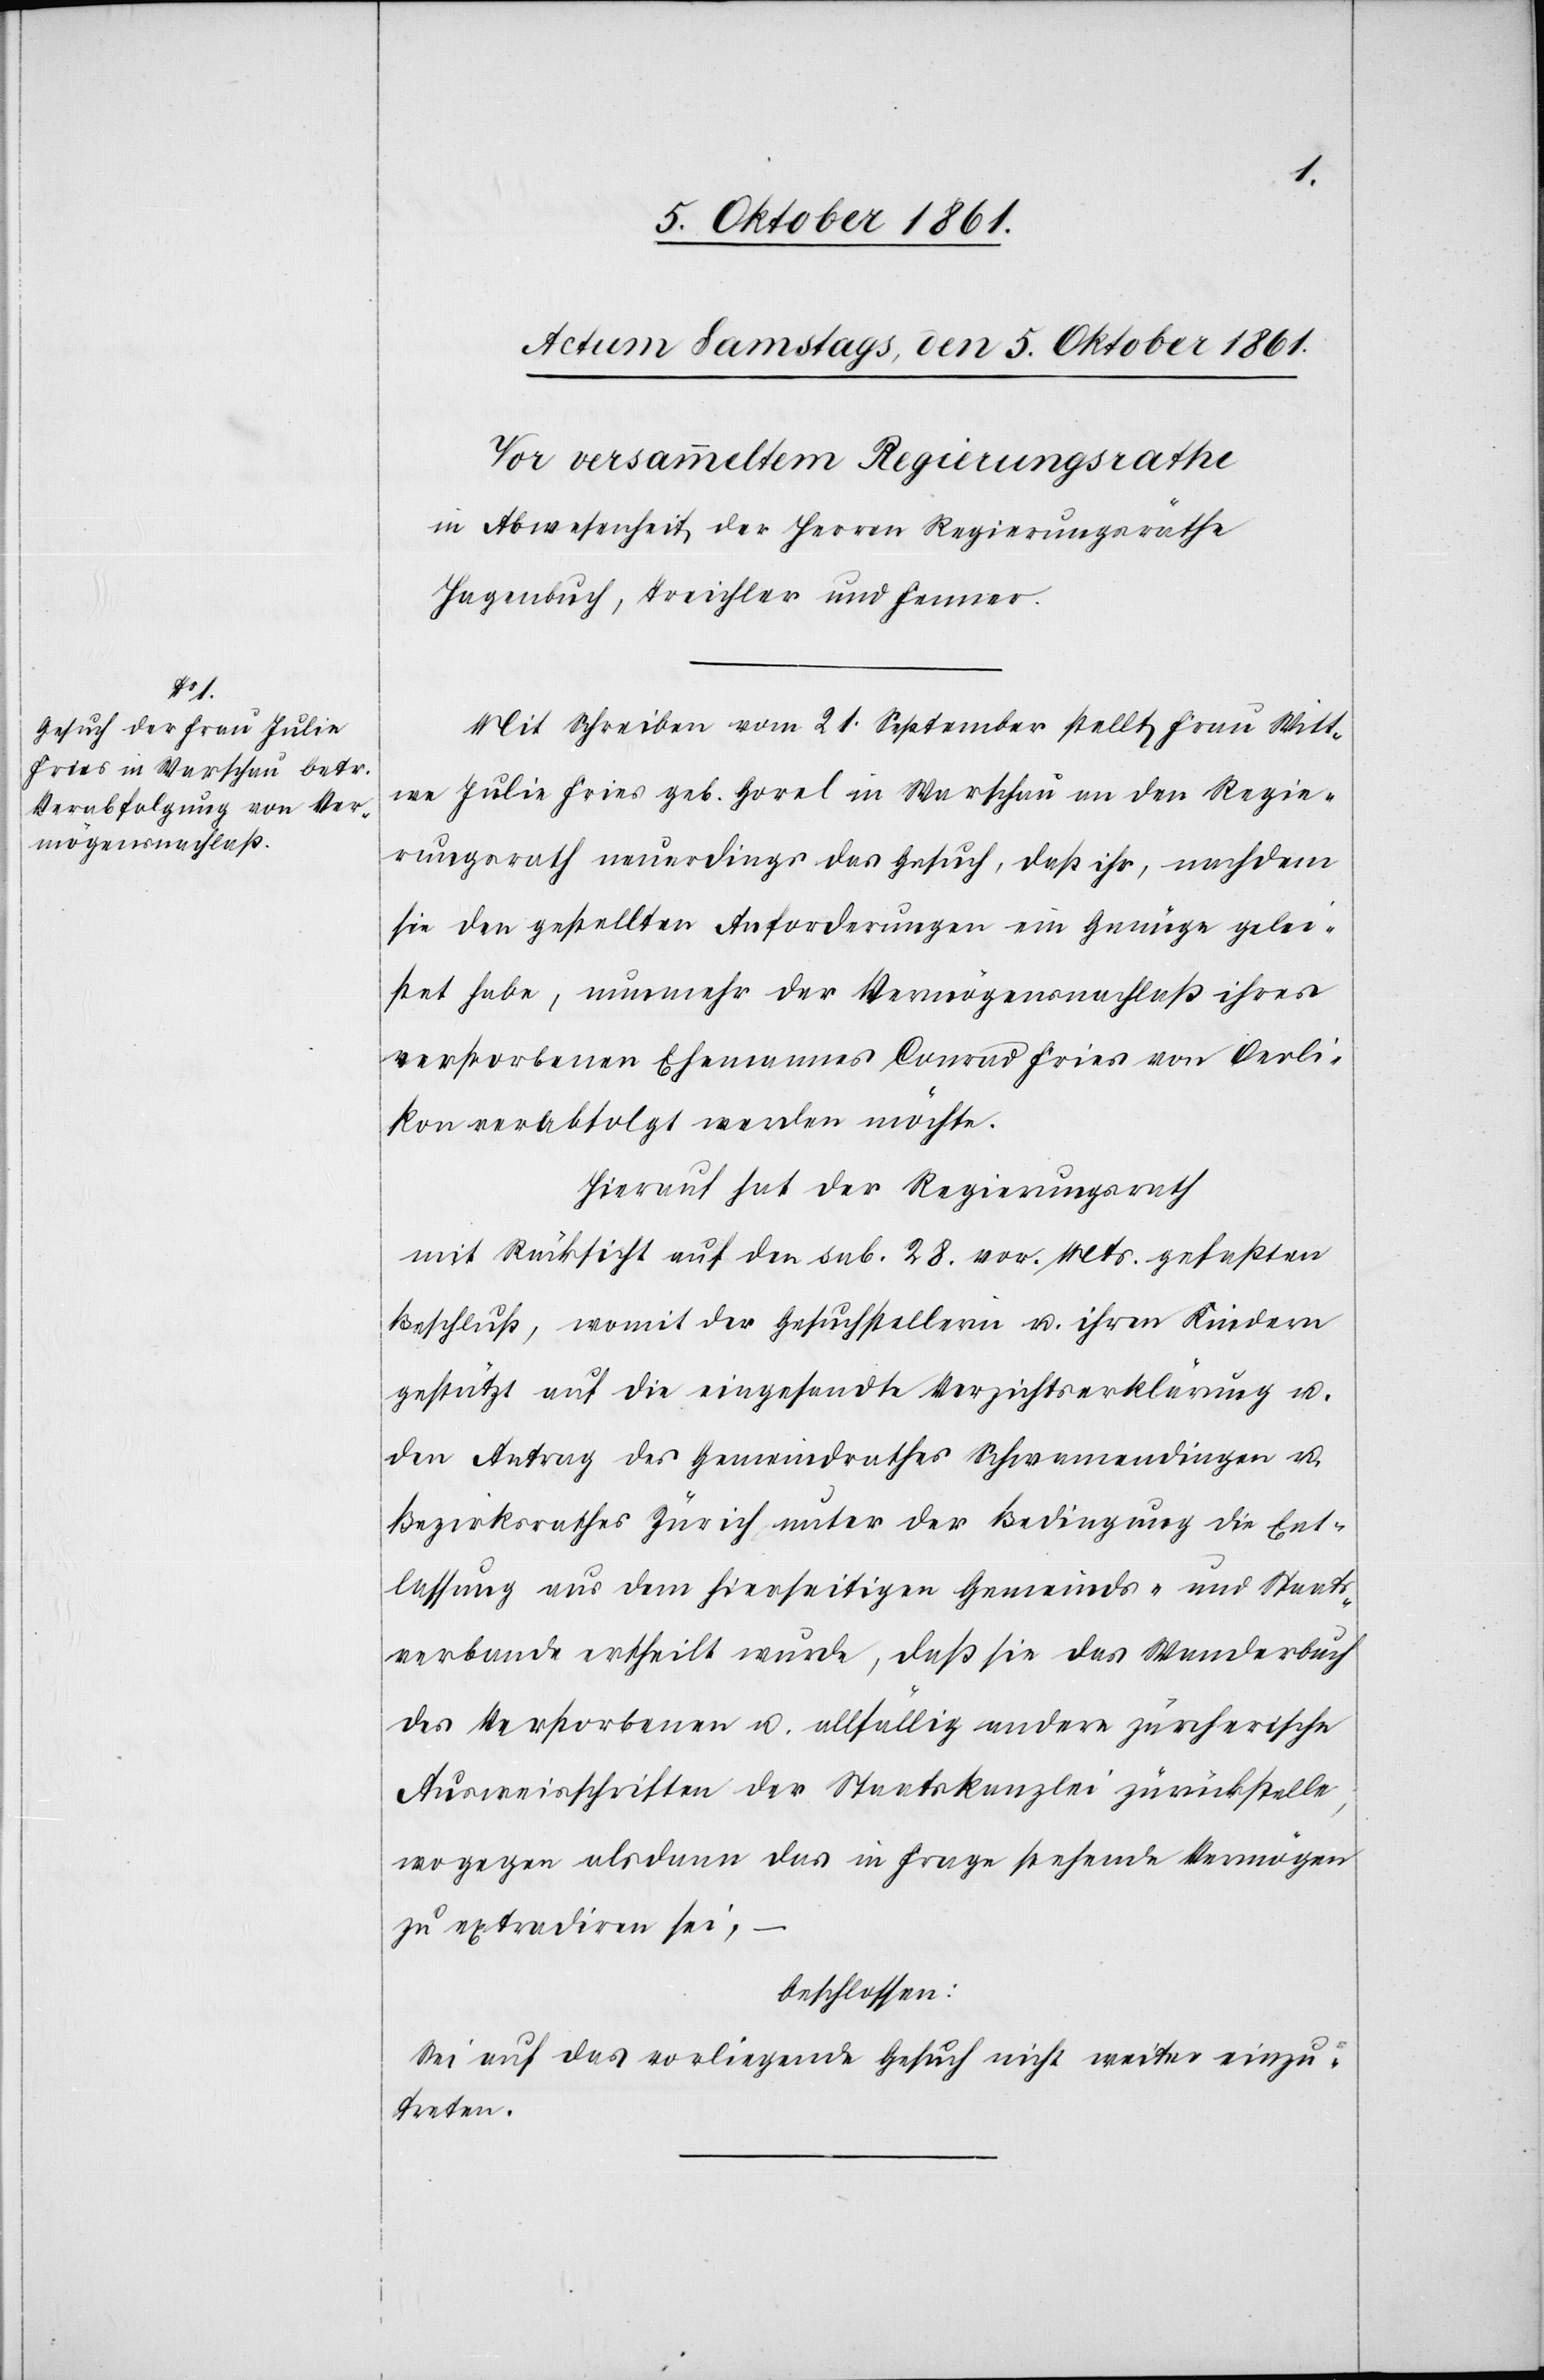
Mit Schreiben vom 21 September stellt Frau Witt¬
we Julie Fries geb. Horel in Warschau an den Regie¬
rungsrath neuerdings das Gesuch, daß ihr, nachdem
sie den gestellten Anforderungen ein Genüge gelei¬
stet habe, nunmehr der Vermögensnachlaß ihres
verstorbenen Ehemannes Conrad Fries von Oerli¬
kon verabfolgt werden möchte.
Hierauf hat der Regierungsrath
mit Rücksicht auf den sub. 28. vor. Mts. gefaßten
Beschluß, womit der Gesuchstellerin u. ihren Kindern
gestützt auf die eingesandte Verzichtserklärung u.
den Antrag des Gemeindrathes Schwamendingen u.
Bezirksrathes Zürich unter der Bedingung die Ent¬
lassung aus dem hierseitigen Gemeinds- u. Staats¬
verbande ertheilt wurde, daß sie das Wanderbuch
des Verstorbenen u. allfällig andere zürcherische
Ausweisschriften der Staatskanzlei zurückstelle,
wogegen alsdann das in Frage stehende Vermögen
zu extradiren sei,
beschlossen:
Sei auf das vorliegende Gesuch nicht weiter einzu¬
treten.